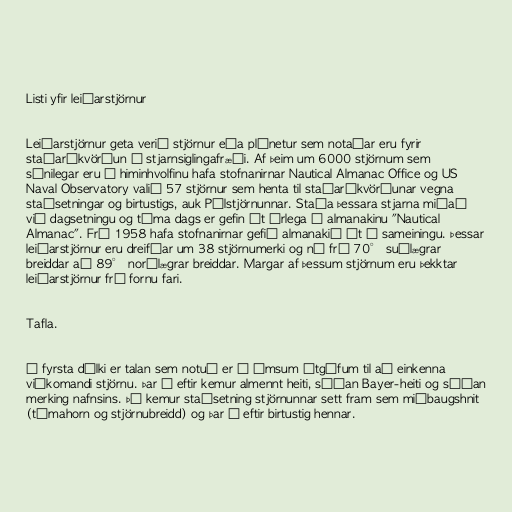
Listi yfir leiðarstjörnur

Leiðarstjörnur geta verið stjörnur eða plánetur sem notaðar eru fyrir
staðarákvörðun í stjarnsiglingafræði. Af þeim um 6000 stjörnum sem
sýnilegar eru á himinhvolfinu hafa stofnanirnar Nautical Almanac Office og US
Naval Observatory valið 57 stjörnur sem henta til staðarákvörðunar vegna
staðsetningar og birtustigs, auk Pólstjörnunnar. Staða þessara stjarna miðað
við dagsetningu og tíma dags er gefin út árlega í almanakinu "Nautical
Almanac". Frá 1958 hafa stofnanirnar gefið almanakið út í sameiningu. Þessar
leiðarstjörnur eru dreifðar um 38 stjörnumerki og ná frá 70° suðlægrar
breiddar að 89° norðlægrar breiddar. Margar af þessum stjörnum eru þekktar
leiðarstjörnur frá fornu fari.

Tafla.

Í fyrsta dálki er talan sem notuð er í ýmsum útgáfum til að einkenna
viðkomandi stjörnu. Þar á eftir kemur almennt heiti, síðan Bayer-heiti og síðan
merking nafnsins. Þá kemur staðsetning stjörnunnar sett fram sem miðbaugshnit
(tímahorn og stjörnubreidd) og þar á eftir birtustig hennar.